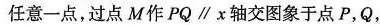
任意一点，过点M作PQ\parallel x轴交图象于点P，Q，